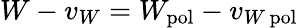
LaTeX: W-v_{W}=W_{\mathrm{pol}}-v_{W\, \mathrm{pol}}